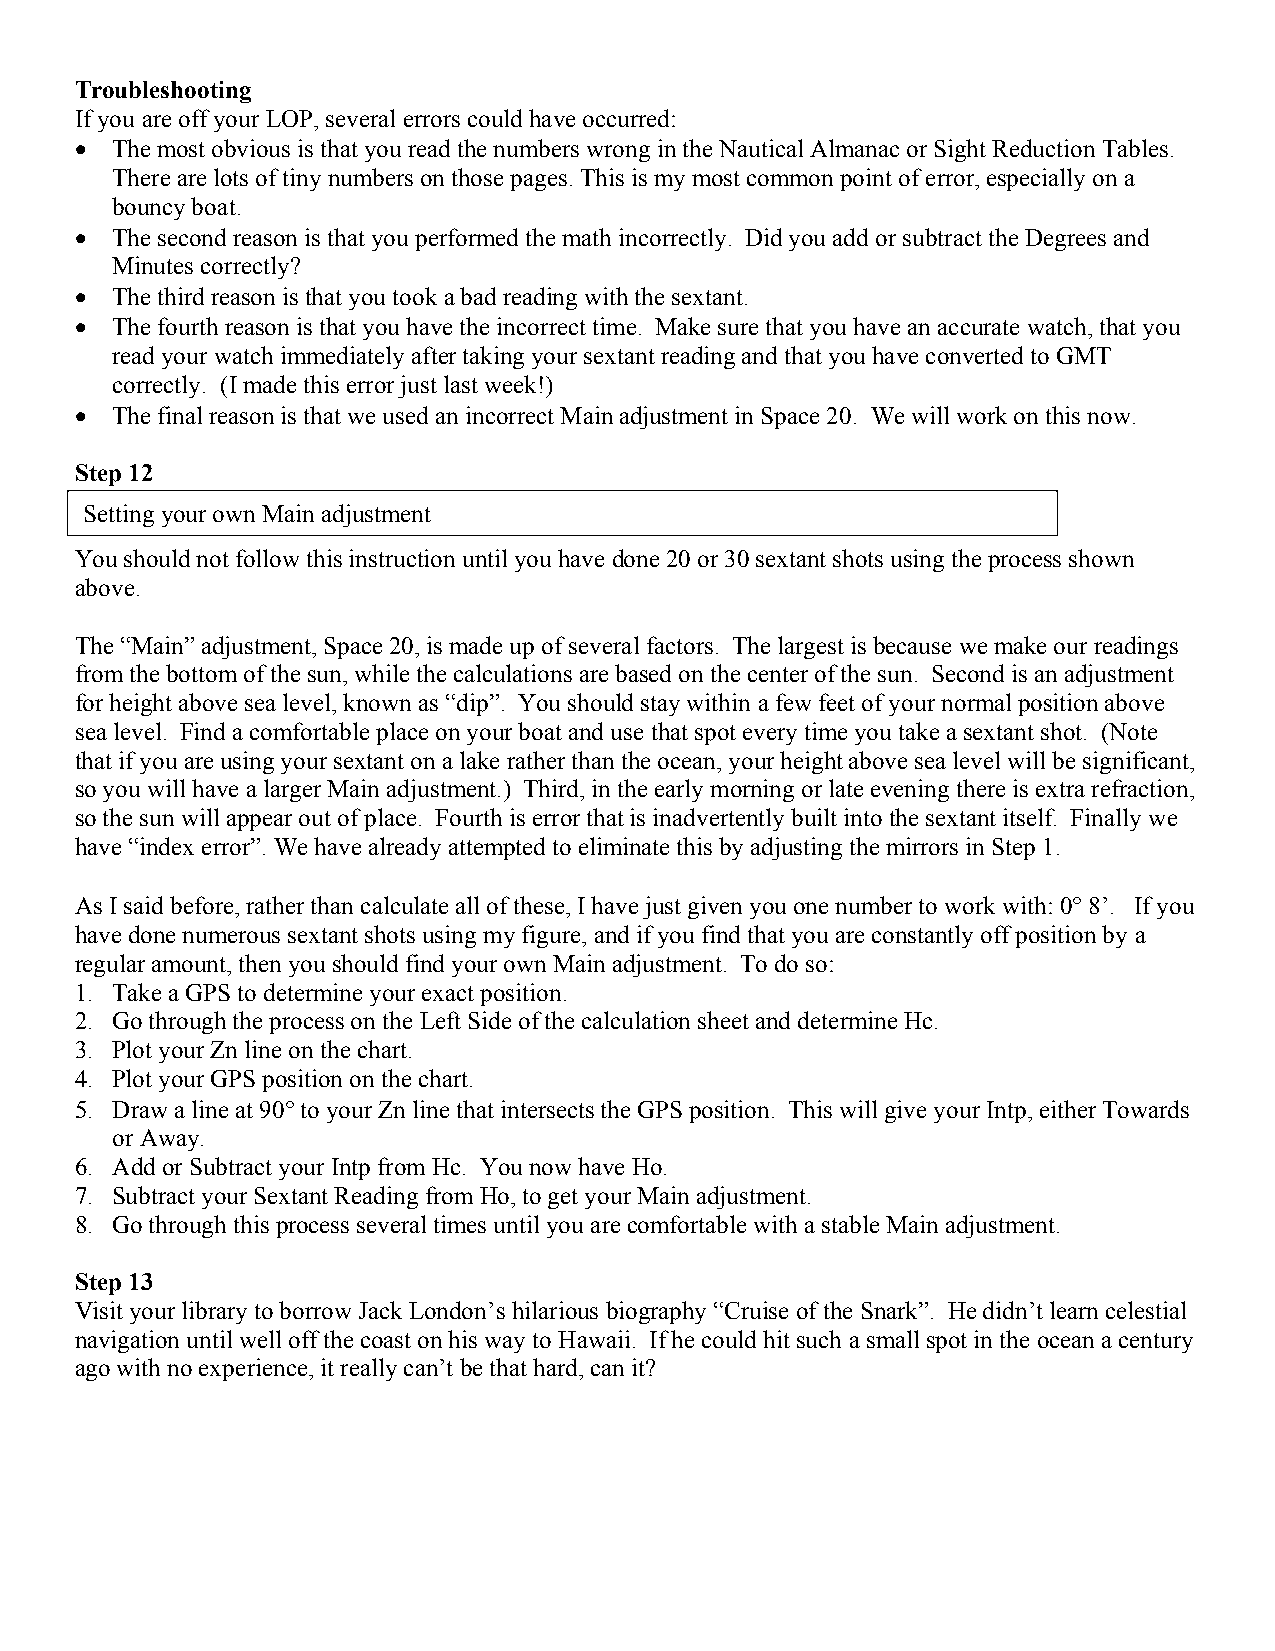
Troubleshooting
 If you are off your LOP, several errors could have occurred:
 • The most obvious is that you read the numbers wrong in the Nautical Almanac or Sight Reduction Tables.
 There are lots of tiny numbers on those pages. This is my most common point of error, especially on a
 bouncy boat.
 • The second reason is that you performed the math incorrectly. Did you add or subtract the Degrees and
 Minutes correctly?
 • The third reason is that you took a bad reading with the sextant.
 • The fourth reason is that you have the incorrect time. Make sure that you have an accurate watch, that you
 read your watch immediately after taking your sextant reading and that you have converted to GMT
 correctly. (I made this error just last week!)
 • The final reason is that we used an incorrect Main adjustment in Space 20. We will work on this now.
 Step 12
 Setting your own Main adjustment
 You should not follow this instruction until you have done 20 or 30 sextant shots using the process shown
 above.
 The “Main” adjustment, Space 20, is made up of several factors. The largest is because we make our readings
 from the bottom of the sun, while the calculations are based on the center of the sun. Second is an adjustment
 for height above sea level, known as “dip”. You should stay within a few feet of your normal position above
 sea level. Find a comfortable place on your boat and use that spot every time you take a sextant shot. (Note
 that if you are using your sextant on a lake rather than the ocean, your height above sea level will be significant,
 so you will have a larger Main adjustment.) Third, in the early morning or late evening there is extra refraction,
 so the sun will appear out of place. Fourth is error that is inadvertently built into the sextant itself. Finally we
 have “index error”. We have already attempted to eliminate this by adjusting the mirrors in Step 1.
 As I said before, rather than calculate all of these, I have just given you one number to work with: 0° 8’. If you
 have done numerous sextant shots using my figure, and if you find that you are constantly off position by a
 regular amount, then you should find your own Main adjustment. To do so:
 1. Take a GPS to determine your exact position.
 2. Go through the process on the Left Side of the calculation sheet and determine Hc.
 3. Plot your Zn line on the chart.
 4. Plot your GPS position on the chart.
 5. Draw a line at 90° to your Zn line that intersects the GPS position. This will give your Intp, either Towards
 or Away.
 6. Add or Subtract your Intp from Hc. You now have Ho.
 7. Subtract your Sextant Reading from Ho, to get your Main adjustment.
 8. Go through this process several times until you are comfortable with a stable Main adjustment.
 Step 13
 Visit your library to borrow Jack London’s hilarious biography “Cruise of the Snark”. He didn’t learn celestial
 navigation until well off the coast on his way to Hawaii. If he could hit such a small spot in the ocean a century
 ago with no experience, it really can’t be that hard, can it?